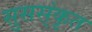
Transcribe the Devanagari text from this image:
सुसस्ंकृत